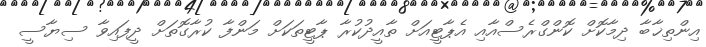
އިންތިޚާބާ ދިމާކޮށް ކޮންގްރެސްއާއި އެޕާޓީއަށް ތާއީދުކުރާ ޕާޓީތަކަށް މަންފާ ކުރާގޮތަށް ދީފައިވާ ސިޔާސީ